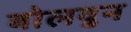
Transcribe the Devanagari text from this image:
बोलवुन